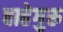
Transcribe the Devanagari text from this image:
वाहेगुरु